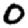
Digit: 0